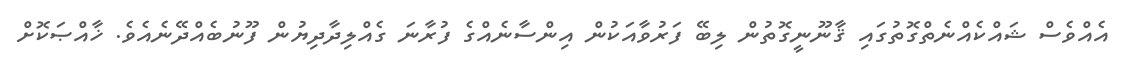
އެއްވެސް ޝައްކެއްނެތްގޮތުގައި ޤާނޫނީގޮތުން ލިބޭ ފަރުވާއަކުން އިންސާނެއްގެ ފުރާނަ ގެއްލިދާދިޔުން ފޫނުބެއްދޭނެއެވެ. ޚާއްޞަކޮށް